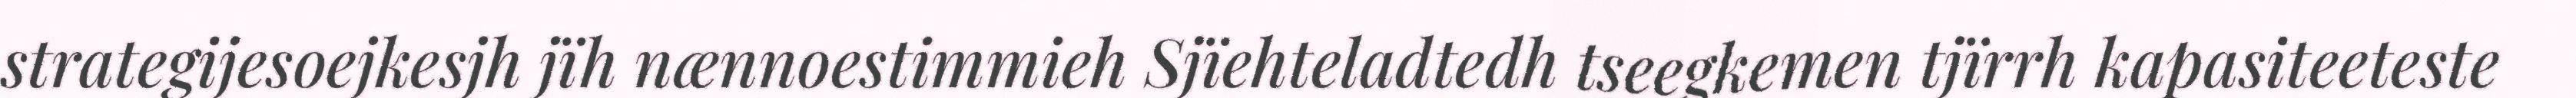
strategijesoejkesjh jïh nænnoestimmieh Sjïehteladtedh tseegkemen tjïrrh kapasiteeteste